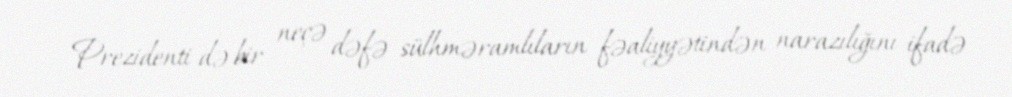
Prezidenti də bir neçə dəfə sülhməramlıların fəaliyyətindən narazılığını ifadə